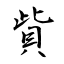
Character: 貲